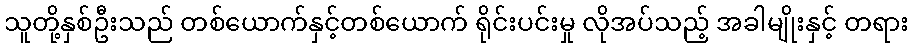
သူတို့နှစ်ဦးသည် တစ်ယောက်နှင့်တစ်ယောက် ရိုင်းပင်းမှု လိုအပ်သည့် အခါမျိုးနှင့် တရား